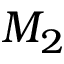
M _ { 2 }